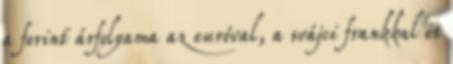
a forint árfolyama az euróval, a svájci frankkal és